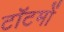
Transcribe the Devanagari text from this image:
टॉटमों